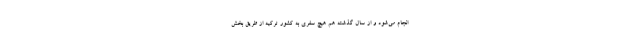
انجام می‌شود و از سال گذشته هم هیچ سفری به کشور ترکیه از طریق بخش